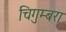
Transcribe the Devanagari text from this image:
चिगुम्बरा